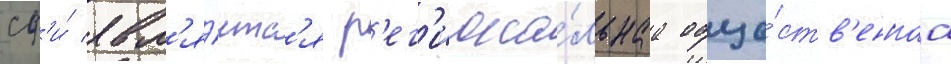
сф'и́ явл'я́етс'я р'ег'иона́льнаа обще́ств'еннаа